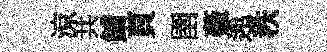
涼共鯆頁圉薇𨓱秩